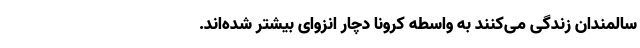
سالمندان زندگی‌ می‌کنند به واسطه کرونا دچار انزوای بیشتر شده‌اند.